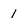
Character: 1